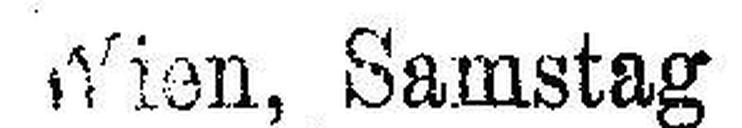
Wien, Samstag